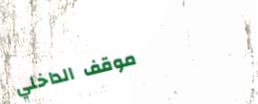
موقف الداخلي